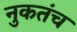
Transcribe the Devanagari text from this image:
नुकतंच